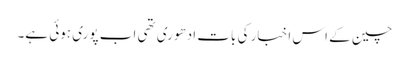
چین کے اس اخبار کی بات ادھوری تھی اب پوری ہوئی ہے۔